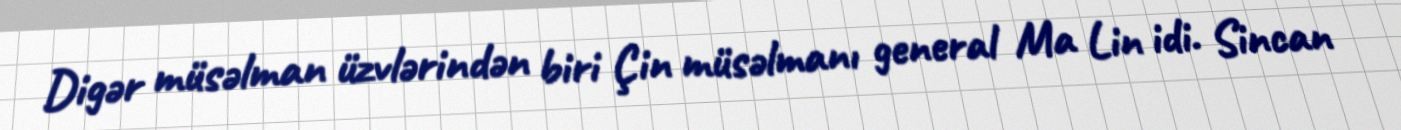
Digər müsəlman üzvlərindən biri Çin müsəlmanı general Ma Lin idi. Sincan